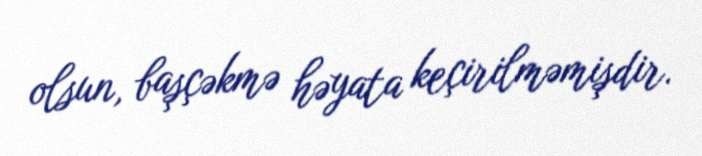
olsun, başçəkmə həyata keçirilməmişdir.